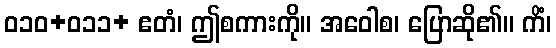
ဝ၁၀+ဝ၁၁+ ဧတံ၊ ဤစကားကို။ အဝေါစ၊ ပြောဆို၏။ ကိံ၊